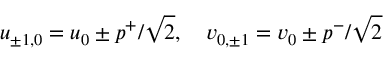
u _ { \pm 1 , 0 } = u _ { 0 } \pm p ^ { + } / \sqrt { 2 } , \quad v _ { 0 , \pm 1 } = v _ { 0 } \pm p ^ { - } / \sqrt { 2 }